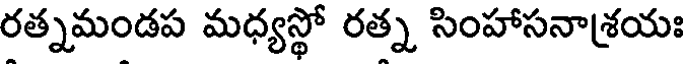
రత్నమండప మధ్యస్థో రత్న సింహాసనాశ్రయః